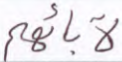
لآبائهم